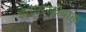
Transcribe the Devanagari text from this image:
चेतासंस्थेबाह्य